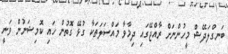
ބަނގްލަދޭޝް މީހުންނަށް ރާއްޖޭގައި ދިމާވާ މައްސަލަތަކާ ގުޅޭ ގޮތުން ހައި ކޮމިޝަނުން ވަނީ